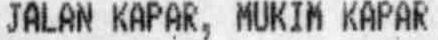
JALAN KAPAR, MUKIM KAPAR